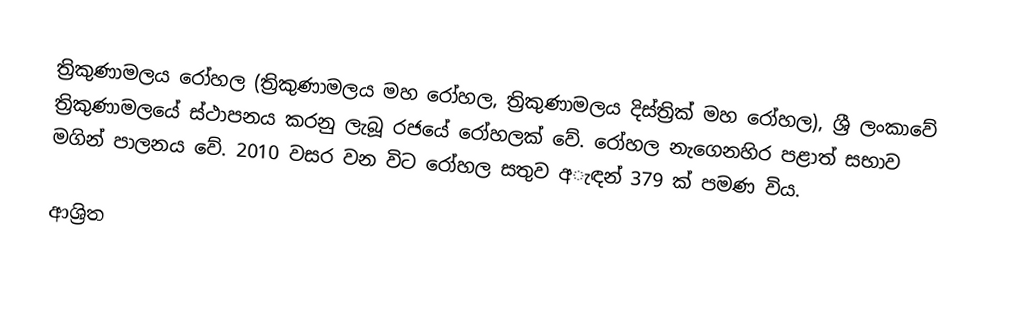
ත්‍රිකුණාමලය රෝහල (ත්‍රිකුණාමලය මහ රෝහල, ත්‍රිකුණාමලය දිස්ත්‍රික් මහ රෝහල), ශ්‍රී ලංකාවේ ත්‍රිකුණාමලයේ ස්ථාපනය කරනු ලැබූ රජයේ රෝහලක් වේ. රෝහල නැගෙනහිර පළාත් සභාව මගින් පාලනය වේ. 2010 වසර වන විට රෝහල සතුව අැඳන් 379 ක් පමණ විය.

ආශ්‍රිත